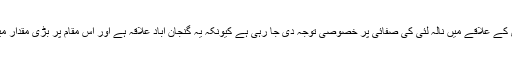
انہوں نے کہاکہ گوالمنڈی کے علاقے میں نالہ لئی کی صفائی پر خصوصی توجہ دی جا رہی ہے کیونکہ یہ گنجان آباد علاقہ ہے اور اس مقام پر بڑی مقدار میں کوڑا کرکٹ جمع ہے ۔